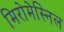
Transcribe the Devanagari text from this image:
मिरोमेस्निल